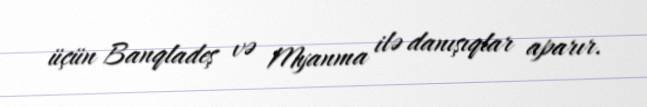
üçün Banqladeş və Myanma ilə danışıqlar aparır.